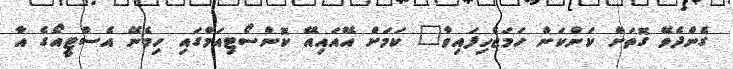
ގެންދެވޭ ގޮތަށް ކަންކަން ހަމަޖެހިފައިވާ" ކަމަށް އޭއައިއޭ ކޮންސޯޓިއަމްގައި ހިމެނޭ އެސްޓީއޯގެ އާ